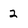
Character: 2